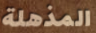
المذهلة